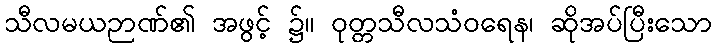
သီလမယဉာဏ်၏ အဖွင့် ၌။ ဝုတ္တသီလသံဝရေန၊ ဆိုအပ်ပြီးသော